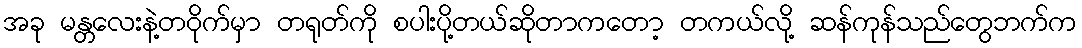
အခု မန္တလေးနဲ့တဝိုက်မှာ တရုတ်ကို စပါးပို့တယ်ဆိုတာကတော့ တကယ်လို့ ဆန်ကုန်သည်တွေဘက်က